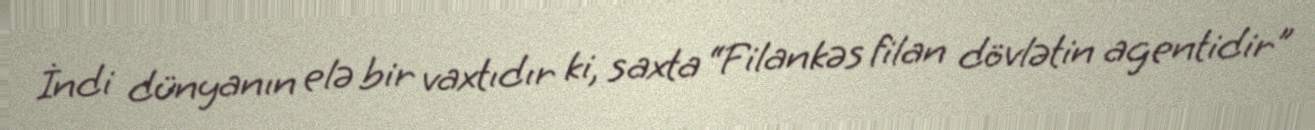
İndi dünyanın elə bir vaxtıdır ki, saxta “Filankəs filan dövlətin agentidir”